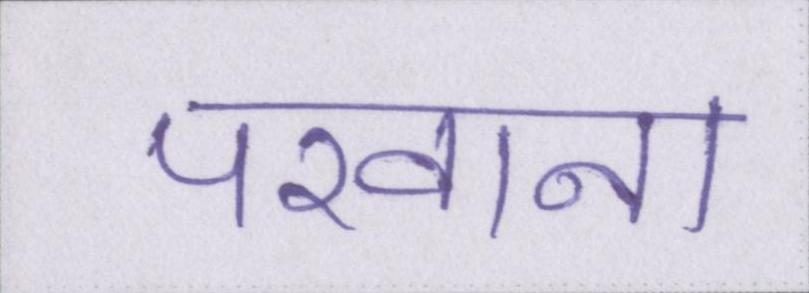
परवाना